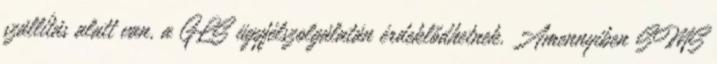
szállítás alatt van, a GLS ügyfélszolgálatán érdeklődhetnek. Amennyiben SMS